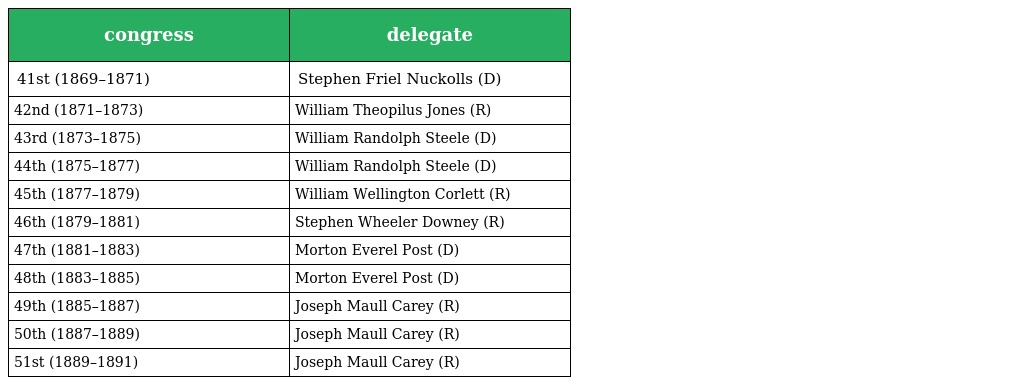
| congress | delegate |
 | --- | --- |
 | 41st (1869–1871) | Stephen Friel Nuckolls (D) |
 | 42nd (1871–1873) | William Theopilus Jones (R) |
 | 43rd (1873–1875) | William Randolph Steele (D) |
 | 44th (1875–1877) | William Randolph Steele (D) |
 | 45th (1877–1879) | William Wellington Corlett (R) |
 | 46th (1879–1881) | Stephen Wheeler Downey (R) |
 | 47th (1881–1883) | Morton Everel Post (D) |
 | 48th (1883–1885) | Morton Everel Post (D) |
 | 49th (1885–1887) | Joseph Maull Carey (R) |
 | 50th (1887–1889) | Joseph Maull Carey (R) |
 | 51st (1889–1891) | Joseph Maull Carey (R) |